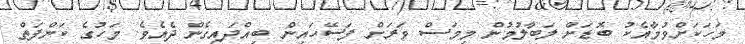
މަހަކަށްވުމާއެކު ބޮޑަށް ލަބާލުމުން މިމަސް ވަރަށް ފަސޭހައިން ބިއްދައިގެން ދެއެވެ. މަހުގެ ކަންފަތް